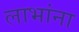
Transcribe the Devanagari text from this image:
लाभांना